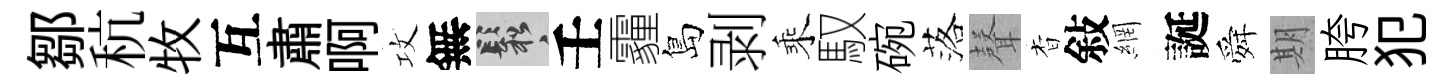
鄒秔牧互肅啊攻無鬆壬霾島剥乘馭碗落𮋻杳敍網誕舜期胯犯